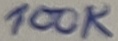
Text: 100K